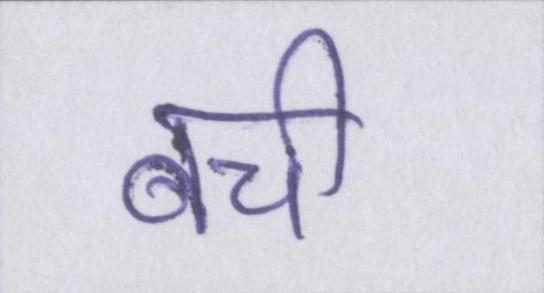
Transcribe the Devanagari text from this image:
बची